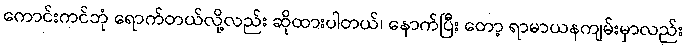
ကောင်းကင်ဘုံ ရောက်တယ်လို့လည်း ဆိုထားပါတယ်၊ နောက်ပြီး တော့ ရာမာယနကျမ်းမှာလည်း